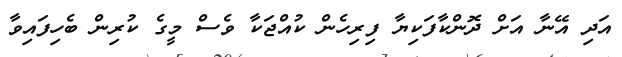
އަދި އޭނާ އަށް ދޮންކާފަކިޔާ ފިރިހެން ކުއްޖަކާ ވެސް މީގެ ކުރިން ބެހިފައިވާ